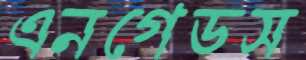
এনগেডস